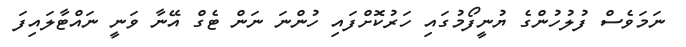
ނަމަވެސް ފުލުހުންގެ ޔުނީފޯމުގައި ހަރުކޮށްފައި ހުންނަ ނަން ޓެގް އޭނާ ވަނީ ނައްޓާލައިފަ